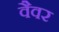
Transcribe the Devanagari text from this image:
वैवर